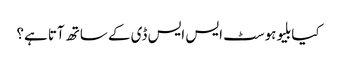
کیا بلیوہوسٹ ایس ایس ڈی کے ساتھ آتا ہے؟